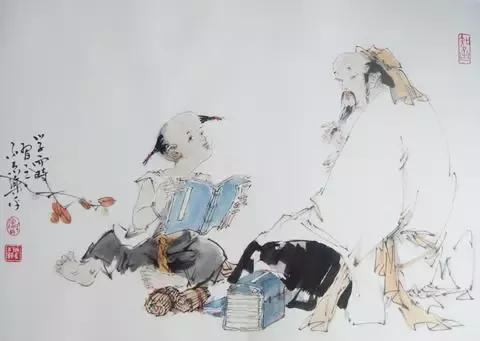
生而知之或学而知之或困而知之及其知之，一也。